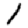
Digit: 1